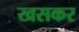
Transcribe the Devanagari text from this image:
खसकर